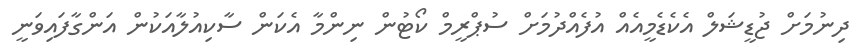
ދިނުމަށް ޖުޑީޝަލް އެކެޑެމީއެއް އުފެއްދުމަށް ސުޕްރީމް ކޯޓުން ނިންމާ އެކަން ސާކިއުލާއަކުން އަންގާފައިވަނީ